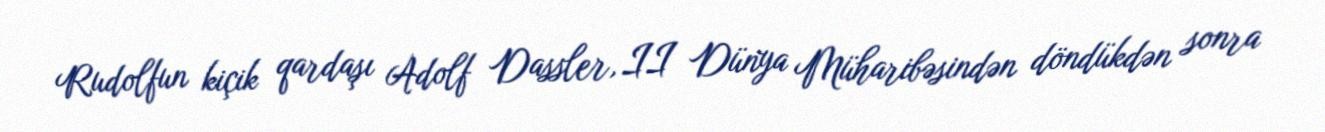
Rudolfun kiçik qardaşı Adolf Dassler, II Dünya Müharibəsindən döndükdən sonra